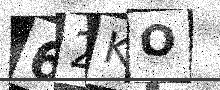
Text: 62KO